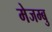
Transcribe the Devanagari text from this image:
मेजम्बु